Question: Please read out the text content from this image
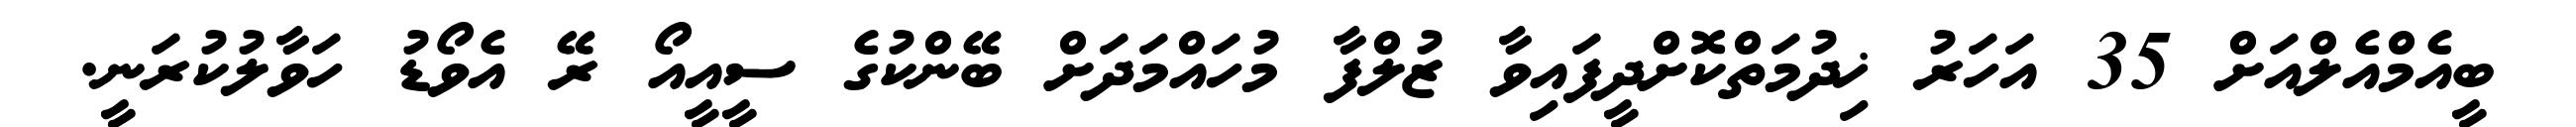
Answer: ބީއެމްއެލްއަށް 35 އަހަރު ޚިދުމަތްކޮށްދީފައިވާ ޒުލްފާ މުހައްމަދަށް ބޭންކުގެ ސީއީއޯ ރޭ އެވޯޑު ހަވާލުކުރަނީ.